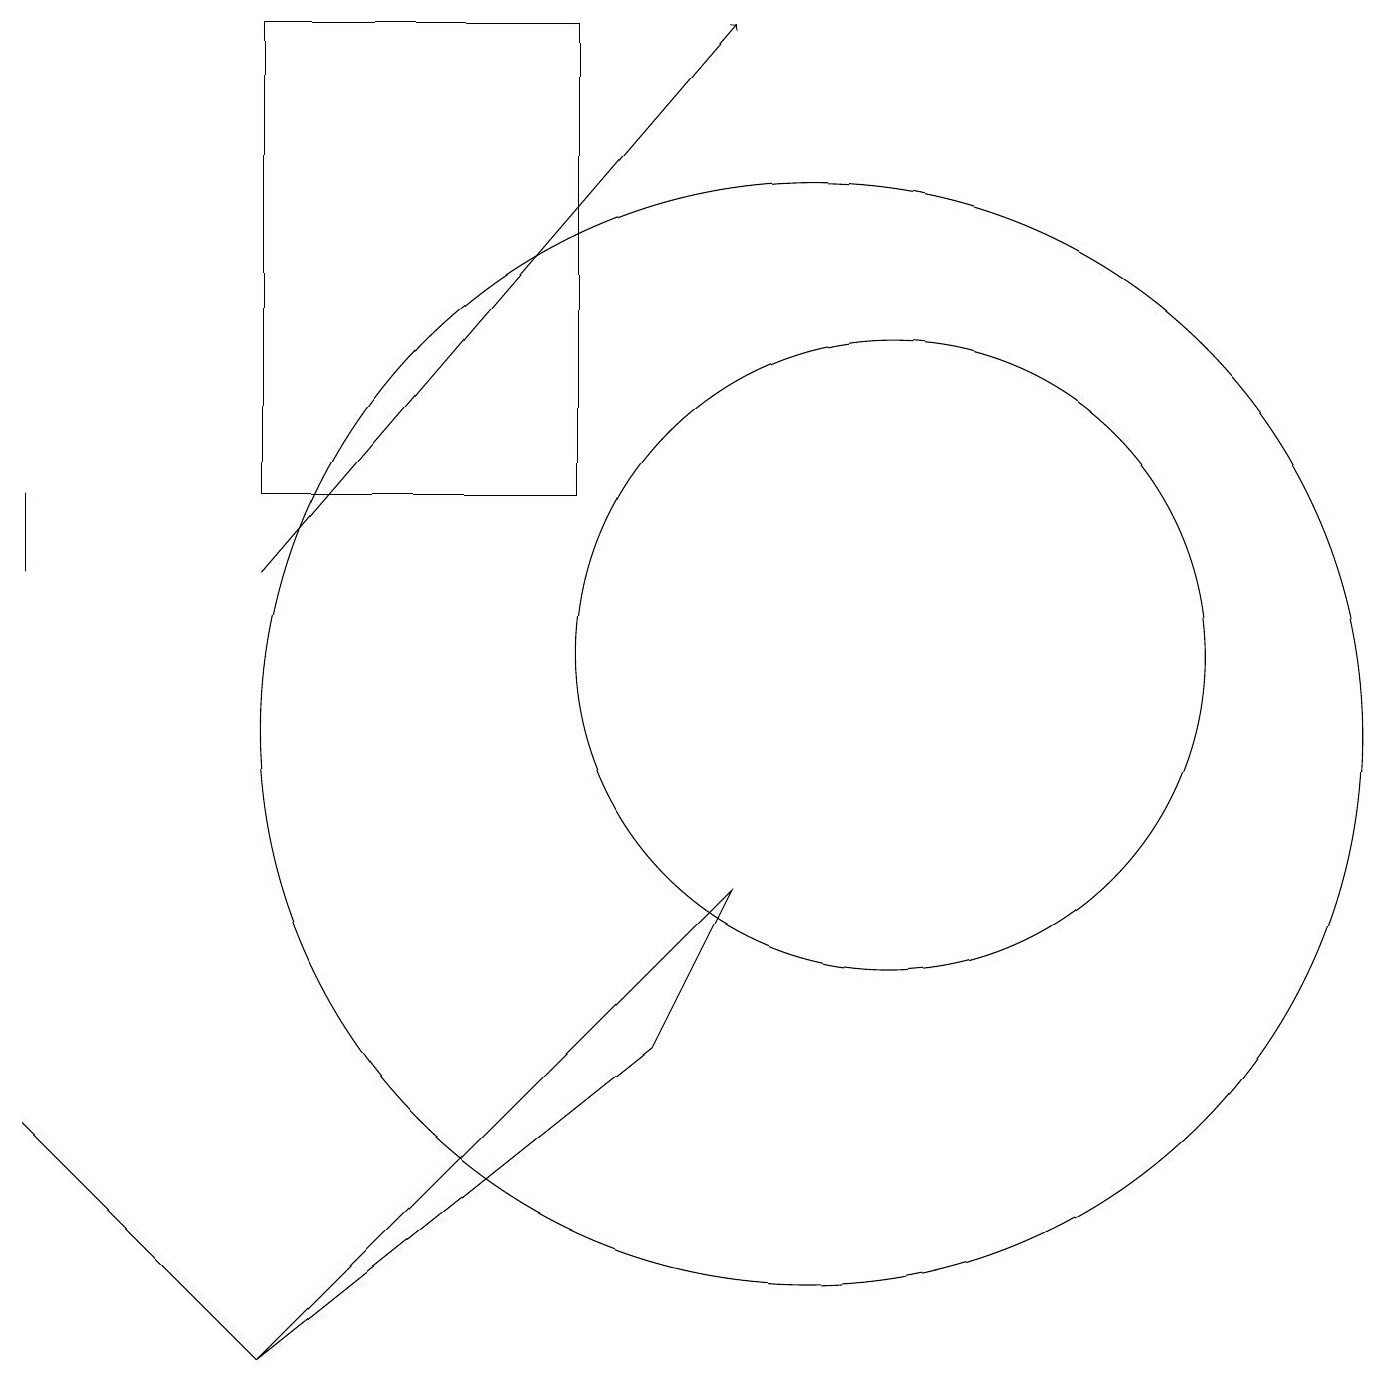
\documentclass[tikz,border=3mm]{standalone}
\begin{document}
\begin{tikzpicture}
\draw (11,11) circle (4);
\draw (3,2) -- (9,8) -- (8,6) -- cycle;
\draw (3,13) rectangle (7,19);
\draw (2,3) -- (0,5) -- (3,2) -- cycle;
\draw[->] (3,12) -- (9,19);
\draw (0,13) rectangle (0,12);
\draw (10,10) circle (7);
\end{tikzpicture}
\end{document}